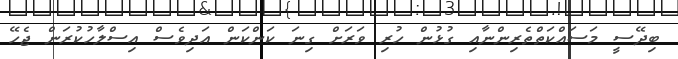
ބިދޭސީ މަސައްކަތްތެރިންނާއި ގުޅުން ހުރި ވަރަށް ގިނަ ކަންކަން އަދިވެސް އިސްލާހުކުރަން ޖެހޭ